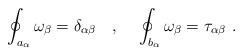
LaTeX: \begin{align*}\oint_{a_{\alpha}} \omega_{\beta} = \delta_{\alpha \beta} ~~~ , ~~~ \oint_{b_{\alpha}} \omega_{\beta} = \tau_{\alpha \beta} ~ .\end{align*}